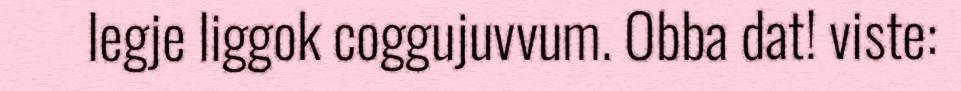
legje liggok coggujuvvum. Obba dat! viste: